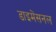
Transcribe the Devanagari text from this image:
डाइमेंसनल